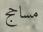
مساحج